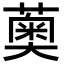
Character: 薁